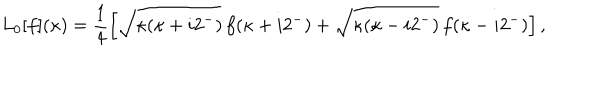
LaTeX: L _ { 0 } [ f ] ( \kappa ) = \frac { 1 } { 4 } \left[ \sqrt { \kappa ( \kappa + i 2 ^ { - } ) } \, f ( \kappa + i 2 ^ { - } ) + \sqrt { \kappa ( \kappa - i 2 ^ { - } ) } \, f ( \kappa - i 2 ^ { - } ) \right] ,